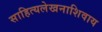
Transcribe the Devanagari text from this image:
साहित्यलेखनाशिवाय